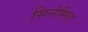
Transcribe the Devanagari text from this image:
सिनेमिल